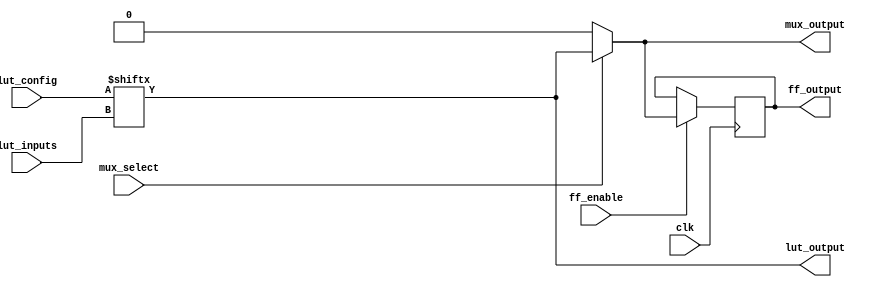
module CLB (
    input wire [3:0] lut_inputs,      // 4-bit input for LUT
    input wire [15:0] lut_config,      // 16-bit configuration for LUT (truth table)
    input wire mux_select,             // MUX select signal
    input wire clk,                    // Clock signal for FFs
    input wire ff_enable,              // Enable signal for FFs
    output wire lut_output,            // Output from LUT
    output wire mux_output,            // Output from MUX
    output reg ff_output               // Output from FF
);

// Look-Up Table (LUT)
assign lut_output = lut_config[lut_inputs];

// Multiplexer (MUX)
assign mux_output = mux_select ? lut_output : 1'b0; // Select between LUT output and 0

// Flip-Flop (FF)
always @(posedge clk) begin
    if (ff_enable) begin
        ff_output <= mux_output; // Store MUX output in FF if enabled
    end
end

endmodule